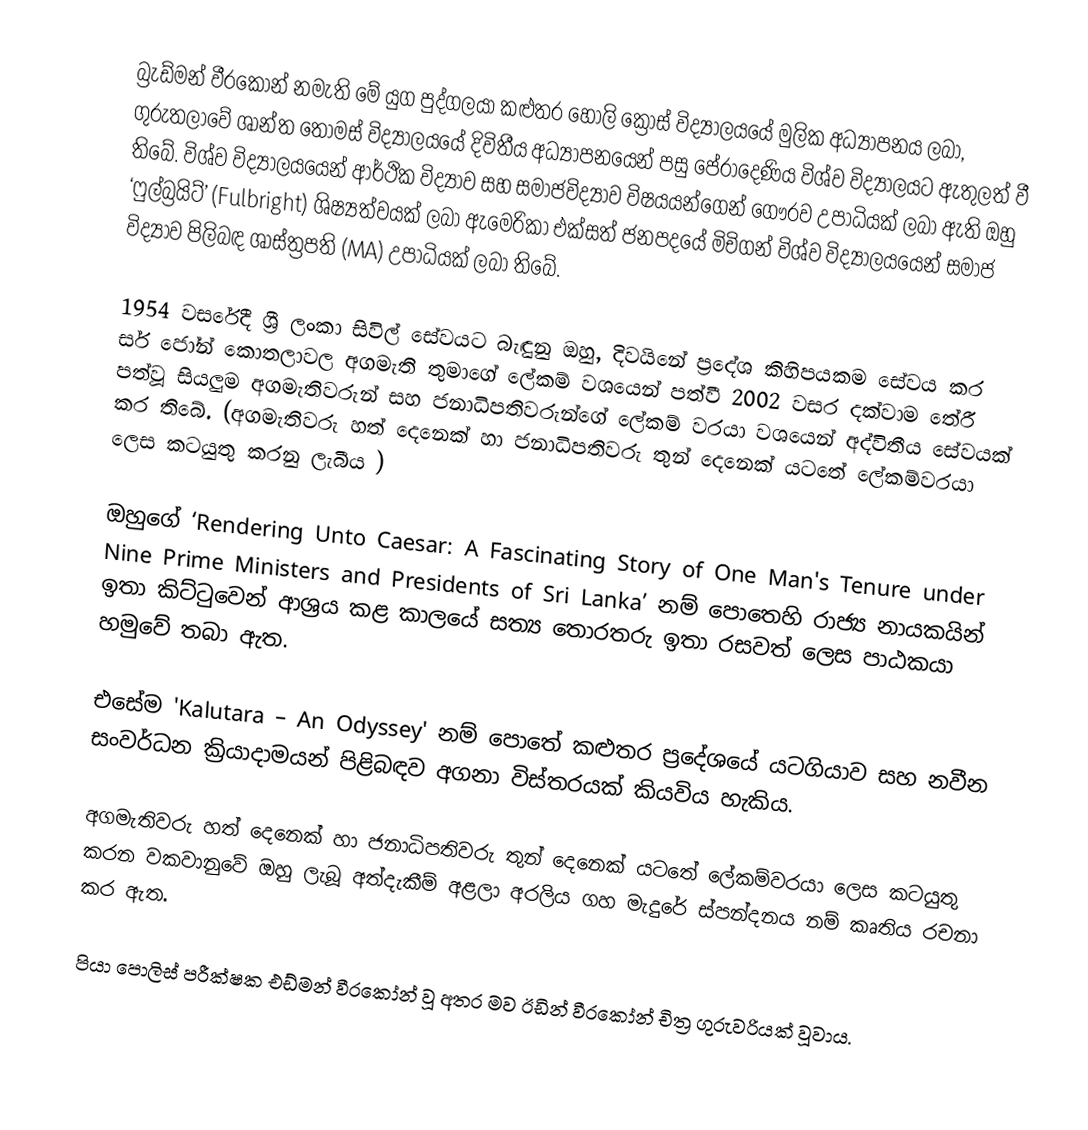
බ්‍රැඩ්මන් වීරකෝන් නමැති මේ යුග පුද්ගලයා කළුතර හෝලි ක්‍රොස් විද්‍යාලයයේ මුලික අධ්‍යාපනය ලබා, ගුරුතලාවේ ශාන්ත තෝමස් විද්‍යාලයයේ දිවිතීය අධ්‍යාපනයෙන් පසු පේරාදෙණිය විශ්ව විද්‍යාලයට ඇතුලත් වී තිබේ. විශ්ව විද්‍යාලයයෙන් ආර්ථික විද්‍යාව සහ සමාජවිද්‍යාව විෂයයන්ගෙන් ගෞරව උපාධියක් ලබා ඇති ඔහු ‘ෆුල්බ්‍රයිට්’ (Fulbright) ශිෂ්‍යත්වයක් ලබා ඇමෙරිකා එක්සත් ජනපදයේ මිචිගන් විශ්ව විද්‍යාලයයෙන් සමාජ විද්‍යාව පිලිබඳ ශාස්ත්‍රපති (MA) උපාධියක්‌ ලබා තිබේ.  

1954 වසරේදී ශ්‍රී ලංකා සිවිල් සේවයට බැඳුනු ඔහු, දිවයිනේ ප්‍රදේශ කිහිපයකම සේවය කර සර් ජෝන් කොතලාවල අගමැති තුමාගේ ලේකම් වශයෙන් පත්වී 2002  වසර දක්වාම තේරී පත්වූ සියලුම අගමැතිවරුන් සහ ජනාධිපතිවරුන්ගේ ලේකම් වරයා වශයෙන් අද්විතීය සේවයක් කර තිබේ. (අගමැතිවරු හත් දෙනෙක් හා ජනාධිපතිවරු තුන් දෙනෙක් යටතේ ලේකම්වරයා ලෙස කටයුතු කරනු ලැබීය )

ඔහුගේ ‘Rendering Unto Caesar:  A Fascinating Story of One Man's Tenure under Nine Prime Ministers and Presidents of Sri Lanka’ නම් පොතෙහි රාජ්‍ය නායකයින් ඉතා කිට්ටුවෙන් ආශ්‍රය කළ කාලයේ සත්‍ය තොරතරු ඉතා රසවත් ලෙස පාඨකයා හමුවේ තබා ඇත.

එසේම 'Kalutara – An Odyssey' නම් පොතේ කළුතර ප්‍රදේශයේ යටගියාව සහ නවීන සංවර්ධන ක්‍රියාදාමයන් පිළිබඳව අගනා විස්තරයක් කියවිය හැකිය.

අගමැතිවරු හත් දෙනෙක් හා ජනාධිපතිවරු තුන් දෙනෙක් යටතේ ලේකම්වරයා ලෙස කටයුතු කරන වකවානුවේ ඔහු ලැබූ අත්දැකීම් අළලා  අරලිය ගහ මැදුරේ ස්පන්දනය නම් කෘතිය රචනා කර ඇත.

පියා පොලිස් පරීක්ෂක එඩ්මන් වීරකෝන් වූ අතර මව ඊඩින් වීරකෝන් චිත්‍ර ගුරුවරියක් වූවාය.